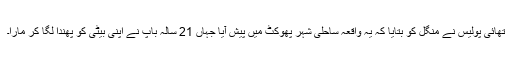
تھائی پولیس نے منگل کو بتایا کہ یہ واقعہ ساحلی شہر پھوکٹ میں پیش آیا جہاں 21 سالہ باپ نے اپنی بیٹی کو پھندا لگا کر مارا۔